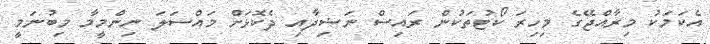
އެކަމަކު މިރާއްޖޭގެ މިހިރަ ކޯޓުތަކުން ރައިސް ނަޟިދާއި ދެކޮޅަށް މައްސަލަ ނިންމީމާ މިބުނަމީ